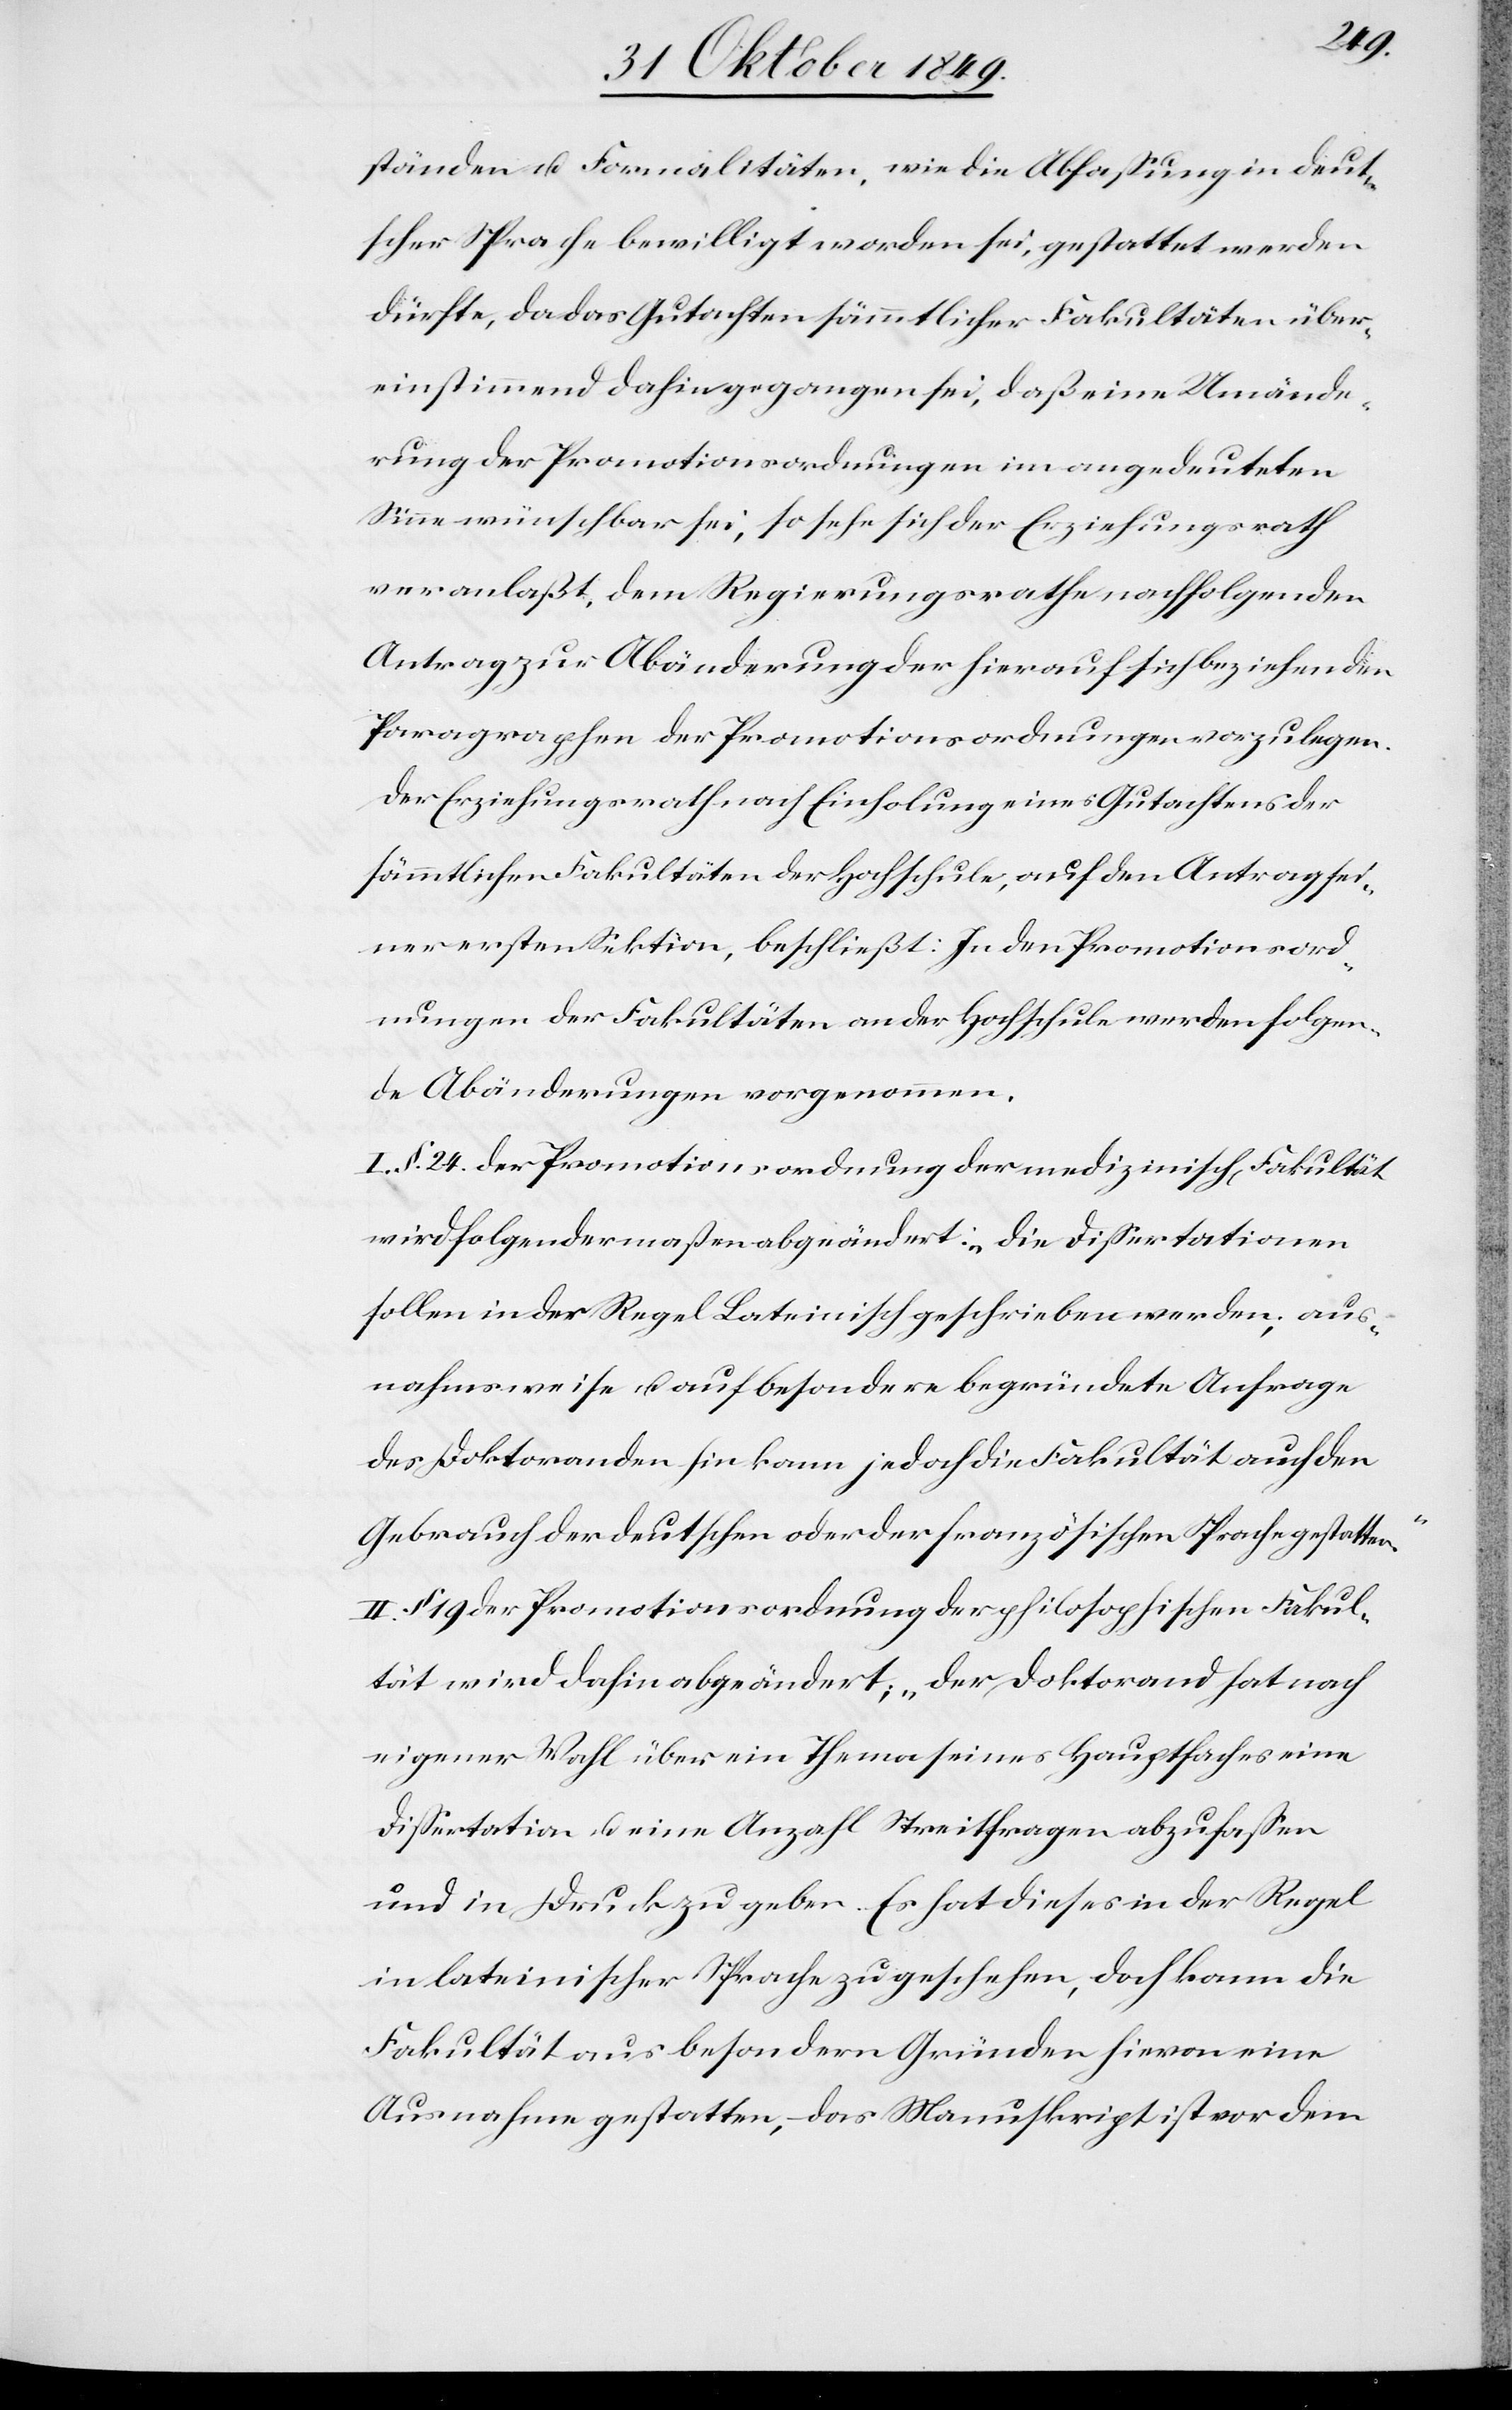
ständen u. Formalitäten, wie die Abfaßung in deut¬
scher Sprache bewilligt worden sei, gestattet werden
dürfte, da das Gutachten sämmtlicher Fakultäten über¬
einstimmend dahin gegangen sei, daß eine Umände¬
rung der Promotionsordnungen im angedeuteten
Sinne wünschbar sei, so sehe sich der Erziehungsrath
veranlaßt, dem Regierungsrathe nachfolgenden
Antrag zur Abänderung der hierauf sich beziehenden
Paragraphen der Promotionsordnungen vorzulegen.
Der Erziehungsrath nach Einholung eines Gutachtens der
sämmtlichen Fakultäten der Hochschule, auf den Antrag sei¬
ner ersten Sektion, beschließt: In den Promotionsord¬
nungen der Fakultäten an der Hochschule werden folgen¬
de Abänderungen vorgenommen.
I. § 24. der Promotionsordnung der medizinisch[en] Fakultät
wird folgendermaßen abgeändert: „Die Dißertationen
sollen in der Regel Lateinisch geschrieben werden, aus¬
nahmsweise u. auf besondere begründete Anfrage
des Doktoranden hin kann jedoch die Fakultät auch den
Gebrauch der deutschen oder der französischen Sprache gestatten.“
II. § 19 der Promotionsordnung der philosophischen Fakul¬
tät wird dahin abgeändert; „Der Doktorand hat nach
eigener Wahl über ein Thema seines Hauptfaches eine
Dißertation u. eine Anzahl Streitfragen abzufaßen
und in Druck zu geben. Es hat dieses in der Regel
in lateinischer Sprache zu geschehen, doch kann die
Fakultät aus besondern Gründen hievon eine
Ausnahme gestatten, – das Manuskript ist vor dem